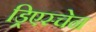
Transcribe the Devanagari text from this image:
ड्रिएस्चेन